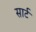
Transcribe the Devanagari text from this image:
सार्ट